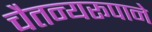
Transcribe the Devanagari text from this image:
चैतन्यरूपाने